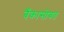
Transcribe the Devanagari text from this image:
बँकासोबत